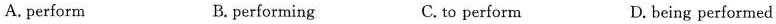
A. perform B. performing C. to perform D.being performed